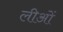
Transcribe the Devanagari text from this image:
लीओं